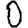
Digit: 0